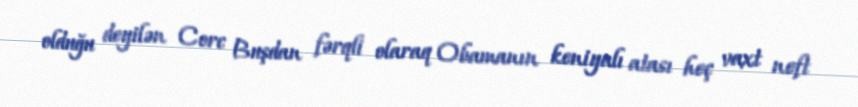
olduğu deyilən Corc Buşdan fərqli olaraq Obamanın keniyalı atası heç vaxt neft